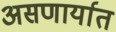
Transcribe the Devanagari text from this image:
असणार्यात